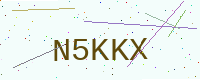
Text: N5KKX